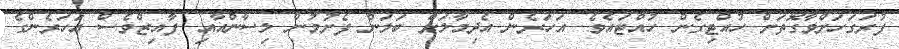
ފުރަގަހަށްވާގޮތަށް ހުއްޓިގެން ހުއްޓައެވެ. އަހަރެން އެދިމާލަށް ބަލަން ފެށުމުން ލިސާންއާއި ފާއިޒްވެސް އަހަރެންގެ